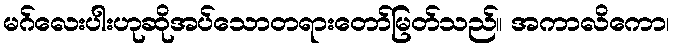
မဂ်လေးပါးဟုဆိုအပ်သောတရားတော်မြတ်သည်။ အကာလိကော၊